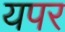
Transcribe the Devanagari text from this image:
यपर